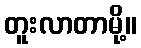
တူးလာတာမို့။